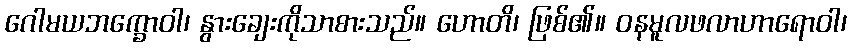
ဂေါမယဘက္ခောဝါ၊ နွားချေးကိုသာစားသည်။ ဟောတိ၊ ဖြစ်၏။ ဝနမူလဖလာဟာရောဝါ၊